Indian journal of veterinary science and animal husbandry - Volumes 18-21, 1948-1951
Year: 1948
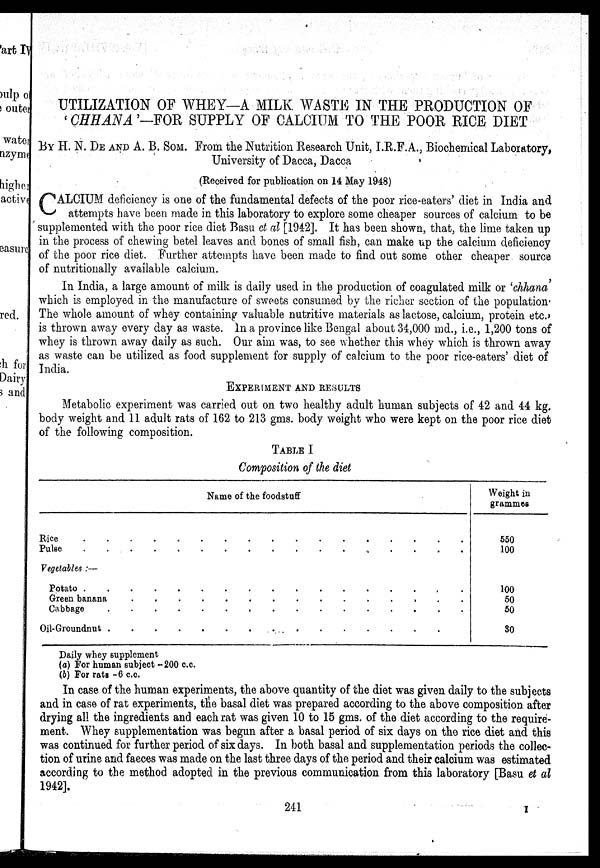
UTILIZATION OF WHEY—A MILK WASTE IN THE PRODUCTION OF
'CHHANA'-FOR SUPPLY OF CALCIUM TO THE POOR RICE DIET
BY H. N. DE AND A. B. SOM. From the Nutrition Research Unit, I.R.F.A., Biochemical Laboratory,
University of Dacca, Dacca
(Received for publication on 14 May 1948)
C ALCIUM deficiency is one of the fundamental defects of the poor rice-eaters' diet in India and
attempts have been made in this laboratory to explore some cheaper sources of calcium to be
supplemented with the poor rice diet Basu et al [1942]. It has been shown, that, the lime taken up
in the process of chewing betel leaves and bones of small fish, can make up the calcium deficiency
of the poor rice diet. Further attempts have been made to find out some other cheaper source
of nutritionally available calcium.
which is employed in the manufacture of sweets consumed by the richer section of the population.
The whole amount of whey containing valuable nutritive materials as lactose, calcium, protein etc.
is thrown away every day as waste. In a province like Bengal about 34,000 md., i.e., 1,200 tons of
whey is thrown away daily as such. Our aim was, to see whether this whey which is thrown away
as waste can be utilized as food supplement for supply of calcium to the poor rice-eaters' diet of
India.
EXPERIMENT AND RESULTS
Metabolic experiment was carried out on two healthy adult human subjects of 42 and 44 kg.
body weight and 11 adult rats of 162 to 213 gms. body weight who were kept on the poor rice diet
of the following composition.
TABLE I
Composition of the diet
Name of the foodstuff
Rice . . . . . . . . . . . . . . . .
Pulse. . . . . . . . . . . . . . . .
Vegetables :—
Potato. . . . . . . . . . . . . . . .
Green banana. . . . . . . . . . . . . .
Cabbage.
.
.
.
.
.
.
.
.
.
.
.
.
.
.
.
Oil-Groundnut . . . . . . . . . . . . . . .
Weight in
grammes
550
100
100
50
50
30
Daily whey supplement
(a) For human subject -200 c.c.
(b) For rats -6 c.c.
In case of the human experiments, the above quantity of the diet was given daily to the subjects
and in case of rat experiments, the basal diet was prepared according to the above composition after
drying all the ingredients and each rat was given 10 to 15 gms. of the diet according to the require-
ment. Whey supplementation was begun after a basal period of six days on the rice diet and this
was continued for further period of six days. In both basal and supplementation periods the collec-
tion of urine and faeces was made on the last three days of the period and their calcium was estimated
according to the method adopted in the previous communication from this laboratory [Basu et al
1942].
241
I